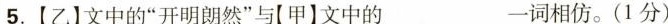
5.【乙】文中的”开明朗然”与[甲】文中的-词相仿。(1分)